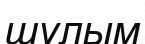
шулым